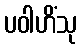
ပဝါဟိံသု